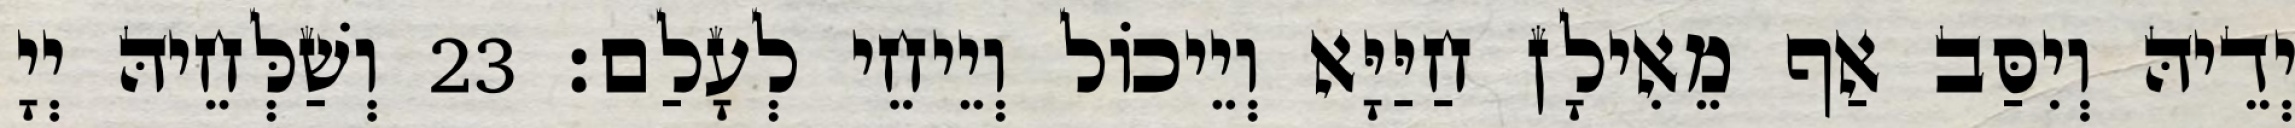
יְדֵיהּ וְיִסַּב אַף מֵאִילָן חַיַּיָּא וְיֵיכוֹל וְיֵיחֵי לְעָלַם׃ 23 וְשַׁלְּחֵיהּ יְיָ